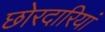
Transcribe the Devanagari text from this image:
छोरदारियां